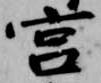
宮